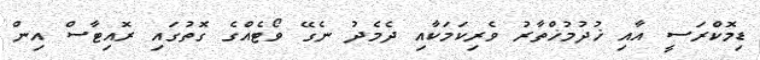
ޑިމޮކްރަސީ އާއި ޚުދުމުޚްތާރު ވެރިކަމަކާއި ދެމެދު ނެގޭ ވޯޓެއްގެ ގޮތުގައި ރޮއިޓާސް އިން